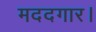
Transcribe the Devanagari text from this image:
मददगार।